Vaccination in the Punjab 1905-1918 - 1905-1918
Year: 1905
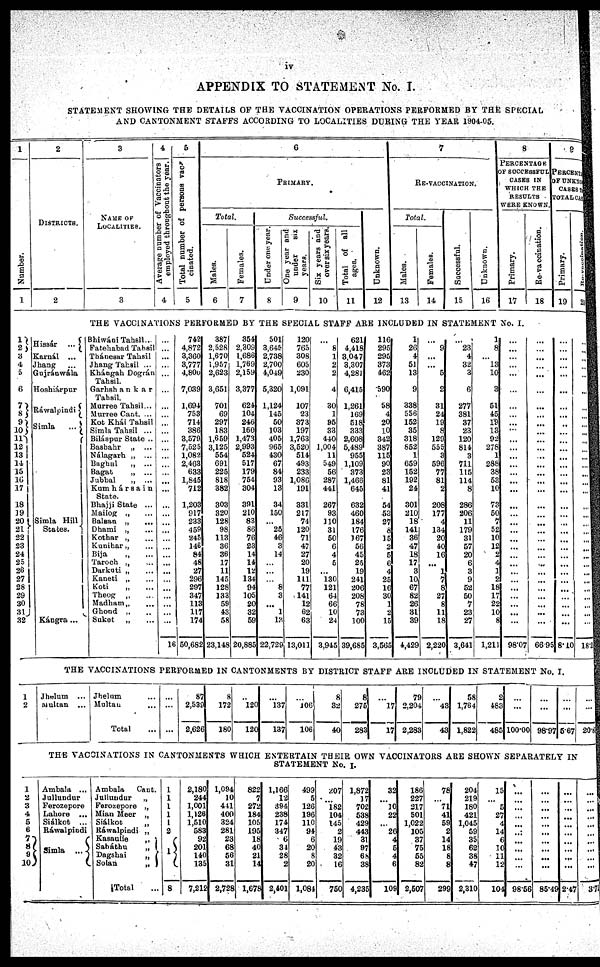
iv
APPENDIX TO STATEMENT No. I.
STATEMENT SHOWING THE DETAILS OF THE VACCINATION OPERATIONS PERFORMED BY THE SPECIAL
AND CANTONMENT STAFFS ACCORDING TO LOCALITIES DURING THE YEAR 1904-05.
1
Number.
1
2
DISTRICTS.
2
3
NAME OF
LOCALITIES.
3
4
Average number of Vaccinators
employed throughout the year.
4
5
Total number of perions vac-
cinated.
5
6
PRIMARY.
Total.
Males.
6
Females.
7
Successful.
Under one year.
8
One year and
under
six
years.
9
Six years and
over six years.
10
Total of all
ages.
11
Unknown.
12
7
RE-VACCINATION.
Total.
Males.
13
Females.
14
Successful.
15
Unknown.
16
8
PRECENTAGE
OF SUCCESSFUL
CASES IN
WHICH THE
RESULTS
WERE KNOWN.
Primary.
17
Re-vaccination.
18
9
PERCENTAGE
OF UNKNOWN
CASES TO
TOTAL CASE
Primary.
19
20
THE VACCINATIONS PERFORMED BY THE SPECIAL STAFF ARE INCLUDED IN STATEMENT No. I.
1
2
3
4
5
6
7
8
9
10
11
12
13
14
15
16
17
18
19
20
21
22
23
24
25
26
27
28
29
30
31
32
Hissár ...
Karnál ...
Jhang ...
Gujránwala
Hoshiárpur
Ráwalpindi
Simla
...
Simla Hill
States.
Kángra...
Bhiwáni Tahsil ...
Fatehabad Tahsil
Thánesar Tahsil
Jhang Tahsil ...
Khángah Dográn
Tahsil.
Garhshankar
Tahsil.
Murree Tahsil ...
Murree Cant. ...
Kot Khái Tahsil
Simla Tahsil ...
Biláspur State ..
Basbahr „
...
Nálagarh „ ...
Baghal
„ ...
Bagat
„
...
Jubbal
„ ...
Kamhársain
State.
Bhajji State ...
Mailog „ ...
Balaan „ ...
Dhami
„
...
Kothar „ ...
Kunibar „ ...
Bija „ ...
Taroch „ ...
Darkati „ ...
Kaneti „ ...
Koti
„
...
Theog „ ...
Madham „ ...
Ghond „ ...
Suket
„
...
...
...
...
...
...
...
...
...
...
...
...
...
...
...
...
...
...
...
...
...
...
...
...
...
...
...
...
...
...
...
...
...
16
742
4,872
3,360
8,777
4,800
7,039
1,694
753
714
386
3,579
7,525
1,082
2.463
633
1,845
712
1,203
917
233
458
245
146
84
48
27
296
297
347
113
117
174
50,682
387
2,528
1,670
1,957
2,623
3,651
701
69
297
183
1,659
3,125
554
691
225
818
382
303
320
128
98
113
36
36
17
11
145
128
133
59
43
58
23,148
354
2,309
1,686
1,789
2,159
3,377
624
104
246
160
1,473
2,993
524
517
179
764
304
391
210
83
86
76
23
14
14
12
134
94
105
20
32
59
20,885
501
3,645
2,738
2,700
4,049
6,320
1,124
145
50
103
405
965
430
67
84
93
13
34
150
...
25
48
3
14
...
...
...
8
3
...
1
13
22,729
120
765
308
605
230
1,091
107
23
873
197
1,763
3,520
514
493
233
1,086
191
331
217
74
120
71
47
27
20
19
111
77
141
12
62
63
13,011
...
8
1
2
2
4
30
1
95
33
440
1,004
11
549
56
287
441
267
93
110
31
50
6
4
5
...
130
121
64
66
10
24
3,945
621
4,418
3,047
3,307
4,281
6,415
1,261
169
518
333
2,608
5,489
955
1,109
373
1,466
645
632
460
184
176
167
56
45
25
19
241
206
208
78
73
100
39,685
116
295
295
373
462
590
58
4
20
10
342
387
115
90
23
81
41
54
58
27
8
15
2
5
6
4
25
16
30
1
2
15
3,565
1 26
4
51
13
9
338
556
152
35
318
852
1
659
152
192
24
301
210
18
141
36
47
18
17
3
10
67
82
26
81
89
4,429
...
9
...
...
5
2
31
24
19
8
129
555
3
596
77
81
2
208
177
4
134
20
40
16
...
1
7
8
27
8
11
18
2,220
...
23
4
32
3
6
277
381
37
23
120
814
3
711
115
114
8
286
206
11
179
31
57
20
6
3
9
52
50
7
23
27
3,641
1
8
...
13
10
8
51
45
19
13
92
278
1
288
38
53
10
73
50
7
52
10
12
2
4
1
2
18
17
22
10
8
1,210
...
...
...
...
...
...
...
...
...
...
...
...
...
...
...
...
...
...
...
...
...
...
...
...
...
...
...
...
...
...
...
...
98.07
...
...
...
...
...
...
...
...
...
...
...
...
...
...
...
...
...
...
...
...
...
...
...
...
...
...
...
...
...
...
...
...
66.95
...
...
...
...
...
...
...
...
...
...
...
...
...
...
...
...
...
...
...
...
...
...
...
...
...
...
...
...
...
...
...
...
8.10
...
...
...
...
...
...
...
...
...
...
...
...
...
...
...
...
...
...
...
...
...
...
...
...
...
...
...
...
...
...
...
...
18.2
THE VACCINATIONS PERFORMED IN CANTONMENTS BY DISTRICT STAFF ARE INCLUDED IN STATEMENT No. I.
1
2
Jhelum
...
Multan
...
Jhelum ...
Multan ...
Total ...
...
...
...
87
2,539
2,626
8
172
180
..
120
120
...
137
137
...
106
106
8
32
40
8
275
283
...
17
17
79
2,204
2,283
...
43
43
58
1,764
1,822
2
483
485
...
...
100.00
...
...
9897
...
...
5.67
...
...
20.1
THE VACCINATIONS IN CANTONMENTS WHICH ENTERTAIN THEIR OWN VACCINATORS ARE SHOWN SEPARATELY IN
STATEMENT No. I.
1
2
3
4
5
6
7
8
9
10
Ambala ...
Jallundur
Ferozepore
Lahore ...
Siálkot ...
Ráwalpindi
Simla ...
Ambala
Cant.
Jullundur
„
Ferozepore „
Mian Meer „
Siálkot „
Ráwalpindi „
Kasaulie
„
Saháthu
„
Dagshai
„
Solan
„
Total ...
1
1
1
1
1
2
1
8
2,180
244
1,001
1,126
1,510
583
92
201
140
135
7,212
1,094
10
441
400
324
281
23
68
56
31
2,728
822
7
272
184
105
195
18
40
21
14
1,678
1,166
12
394
238
174
347
6
34
28
2
2,401
499
5
126
196
110 94
6
20
8
20
1,084
207
...
182
104
145
2
19
43
32
16
750
1,872
17
702
538
429
443
31
97
68
38
4,235
32
...
10
22
...
26
4
5
4
6
109
186
227
217
501
1,022
105
37
75
55
82
2,507
78
...
71
41
59
2
14
18
8
8
299
204
219
180
421
1,045
59
35
62
38
47
2,310
15
...
5
27
4
14
6
10
11
12
104
...
...
...
...
...
...
...
...
...
...
98.56
...
...
...
...
...
...
...
...
...
...
85.49
...
...
...
...
...
...
...
...
...
...
2.47
...
...
...
...
...
...
...
...
...
3.71